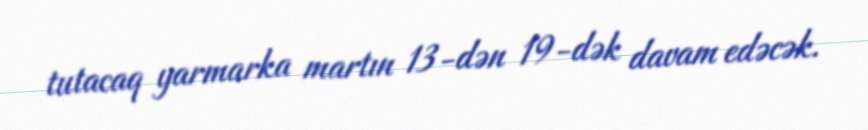
tutacaq yarmarka martın 13-dən 19-dək davam edəcək.